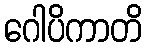
ဂေါပိကာတိ